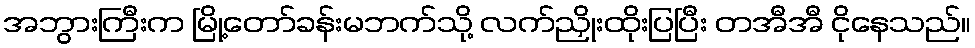
အဘွားကြီးက မြို့တော်ခန်းမဘက်သို့ လက်ညှိုးထိုးပြပြီး တအီအီ ငိုနေသည်။